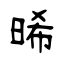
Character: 晞